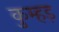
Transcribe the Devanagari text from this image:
कुम्हड़